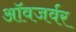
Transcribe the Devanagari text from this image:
ऑवजर्वर